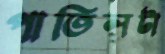
পাতিলটা